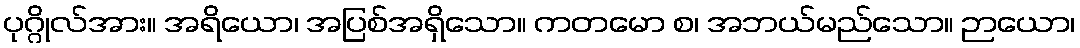
ပုဂ္ဂိုလ်အား။ အရိယော၊ အပြစ်အရှိသော။ ကတမော စ၊ အဘယ်မည်သော။ ဉာယော၊